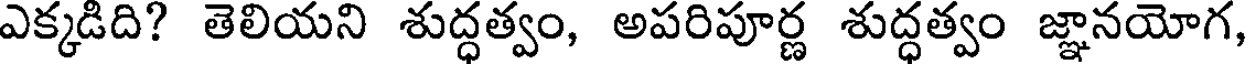
ఎక్కడిది? తెలియని శుద్ధత్వం, అపరిపూర్ణ శుద్ధత్వం జ్ఞానయోగ,